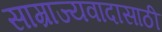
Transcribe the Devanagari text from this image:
साम्राज्यवादासाठी